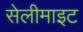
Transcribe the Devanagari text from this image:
सेलीमाइट